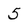
Character: 5